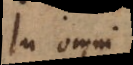
In omni